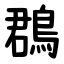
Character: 鵘